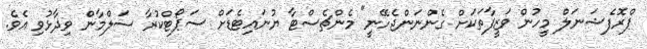
ޕްރޮފެޝަނަލް މީހުން ވަޒީފާތަކަށް ގެންނަންޖެހޭނީ" މެންޗެސްޓާ ޔުނައިޓެޑަށް ސަޕޯޓްކުރާ ސަލްމާން ވިދާޅުވި އެވެ.